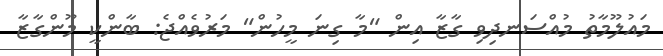
މައުލޫމާތު މުއްސަނދިވި ގާޒާ އިން "މާ ގިނަ މީހުން" މަރުވެއްޖެ: ބާންކީ މޫންގާޒާ